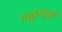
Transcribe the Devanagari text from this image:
मसुन्दिनी